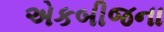
એકબીજના